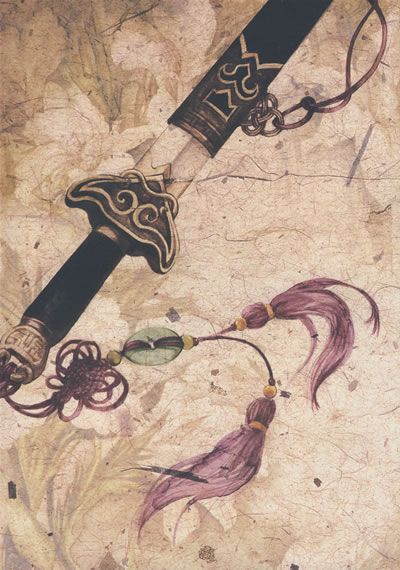
凄凉宝剑篇，羁泊欲穷年。